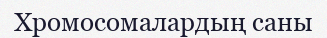
Хромосомалардың саны